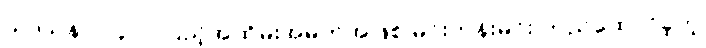
သာသနာ ၂၄၀၀ ပြည့်အထိမ်းအမှတ်အဖြစ် မင်းတုန်းမင်း တည်ထောင်ခဲ့တဲ့